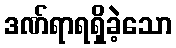
ဒဏ်ရာရရှိခဲ့သော